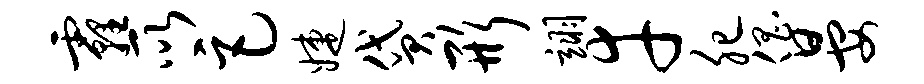
霾所巨婕贷形翊幸肥倡晏